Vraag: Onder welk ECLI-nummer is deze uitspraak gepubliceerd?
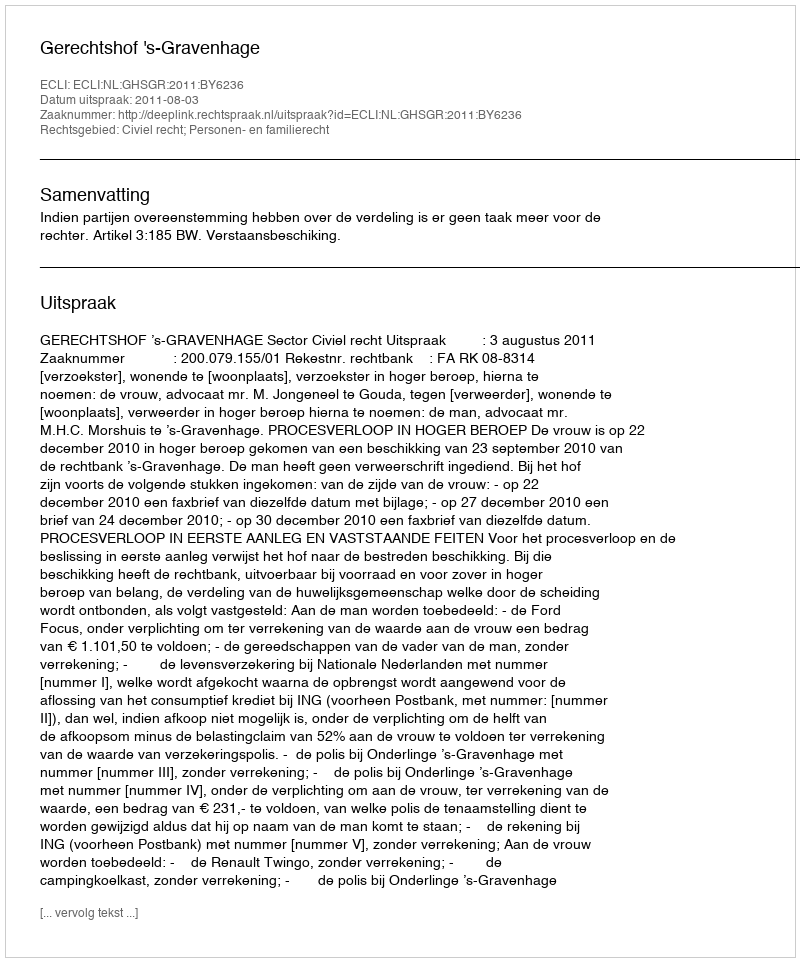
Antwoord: ECLI:NL:GHSGR:2011:BY6236